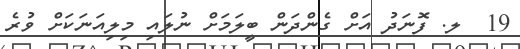
19  ލ. ފޮނަދު އަށް ގެންދަން ބީލަމަށް ނުލައި މިލިއަނަކަށް ވުރެ